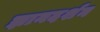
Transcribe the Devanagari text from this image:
ज्ञानदर्शन